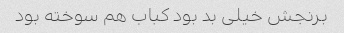
برنجش خیلی بد بود کباب هم سوخته بود